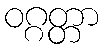
ဝဂ္ဂတ္တာ